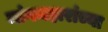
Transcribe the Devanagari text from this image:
मांगमहारांच्या